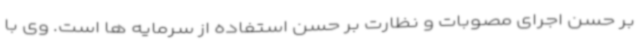
بر حسن اجرای مصوبات و نظارت بر حسن استفاده از سرمایه ها است. وی با